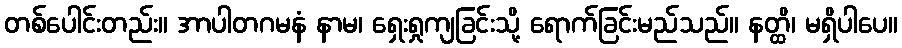
တစ်ပေါင်းတည်း။ အာပါတဂမနံ နာမ၊ ရှေးရှုကျခြင်းသို့ ရောက်ခြင်းမည်သည်။ နတ္ထိ၊ မရှိပါပေ။